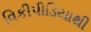
વિકીપીડિયાથી